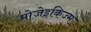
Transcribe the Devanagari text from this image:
मोजेइकिज्म